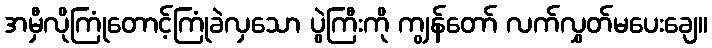
အမှီလိုကြုံတောင့်ကြုံခဲလှသော ပွဲကြီးကို ကျွန်တော် လက်လွှတ်မပေးချေ။